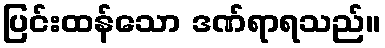
ပြင်းထန်သော ဒဏ်ရာရသည်။